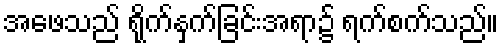
အဖေသည် ရိုက်နှက်ခြင်းအရာ၌ ရက်စက်သည်။